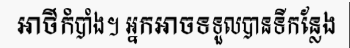
អាថ៌កំបាំង។ អ្នកអាចទទួលបានទីកន្លែង